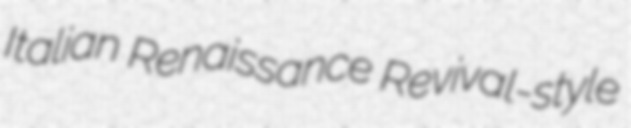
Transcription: Italian Renaissance Revival-style